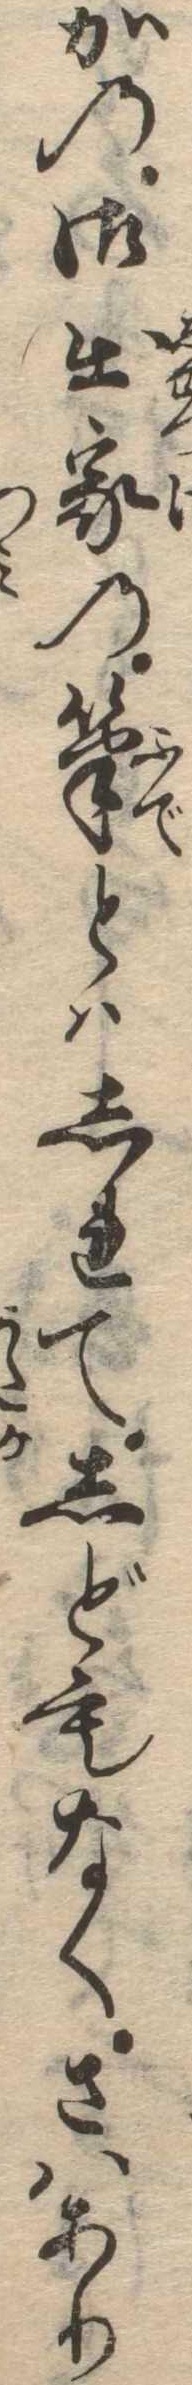
かの御出家の筆とはしれてしどもなくさはあり